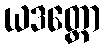
ယဒတ္ထော